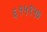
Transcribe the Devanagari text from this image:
६१५९५७